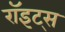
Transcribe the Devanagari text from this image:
रॉइट्स